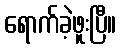
ရောက်ခဲ့ဖူးပြီ။